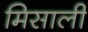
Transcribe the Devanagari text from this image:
मिसाली